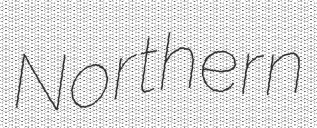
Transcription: Northern